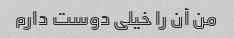
من آن را خیلی دوست دارم